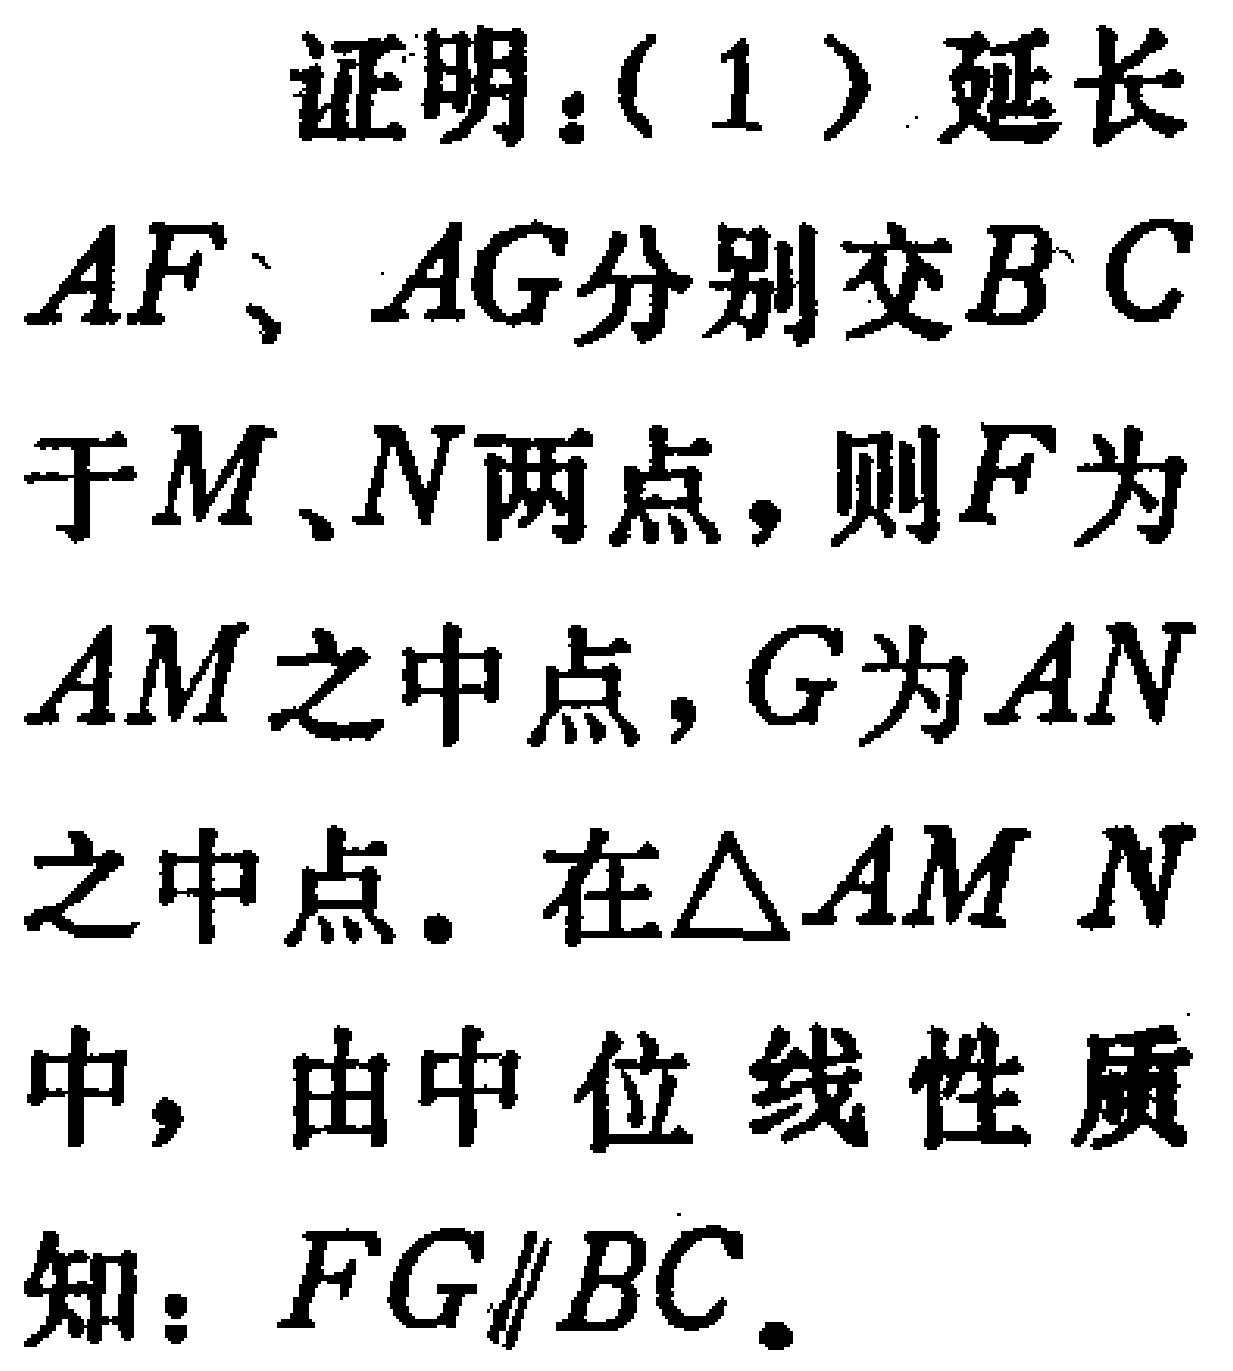
证明：(1) 延长
$AF、AG$分别交$BC$
于$M、N$两点，则$F$为
$AM$之中点，$G$为$AN$
之中点. 在$\triangle AMN$
中，由中位线性质
知：$FG\parallel BC$.